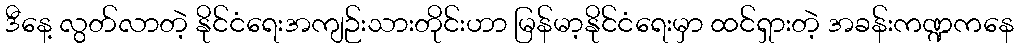
ဒီနေ့ လွတ်လာတဲ့ နိုင်ငံရေးအကျဉ်းသားတိုင်းဟာ မြန်မာ့နိုင်ငံရေးမှာ ထင်ရှားတဲ့ အခန်းကဏ္ဍကနေ